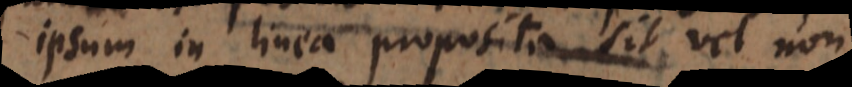
ipsum in linea proposita sit vel non.